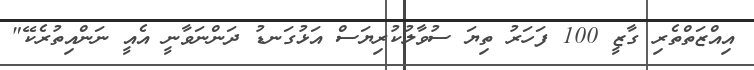
އިއްޒަތްތެރި ގާޒީ 100 ފަހަރު ތިޔަ ސުވާލުކުރިޔަސް އަޅުގަނޑު ދަންނަވާނީ އެއީ ނަންއިތުރެކޭ"